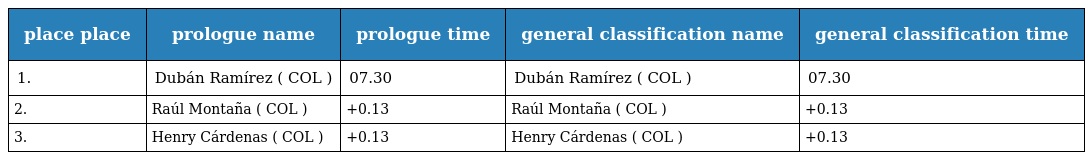
| place place | prologue name | prologue time | general classification name | general classification time |
 | --- | --- | --- | --- | --- |
 | 1. | Dubán Ramírez ( COL ) | 07.30 | Dubán Ramírez ( COL ) | 07.30 |
 | 2. | Raúl Montaña ( COL ) | +0.13 | Raúl Montaña ( COL ) | +0.13 |
 | 3. | Henry Cárdenas ( COL ) | +0.13 | Henry Cárdenas ( COL ) | +0.13 |